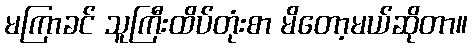
မကြာခင် သူကြီးထိပ်တုံးစာ မိတော့မယ်ဆိုတာ။